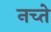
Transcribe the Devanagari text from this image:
नच्ते